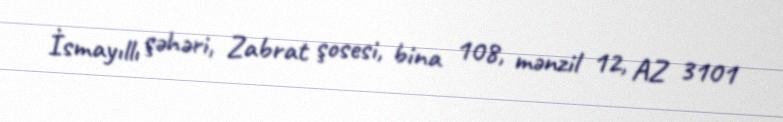
İsmayıllı şəhəri, Zabrat şosesi, bina 108, mənzil 12, AZ 3101